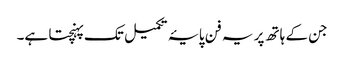
جن کے ہاتھ پر یہ فن پایۂ تکمیل تک پہنچتا ہے۔